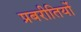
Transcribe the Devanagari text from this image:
प्रबरीतियों